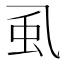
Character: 虱